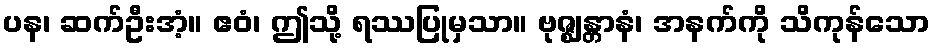
ပန၊ ဆက်ဦးအံ့။ ဧဝံ၊ ဤသို့ ရဿပြုမှသာ။ ဗုဇ္ဈန္တာနံ၊ အနက်ကို သိကုန်သော